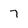
Character: 7